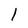
Character: 1